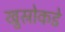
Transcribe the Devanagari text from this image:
खुस्रोकडे